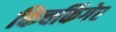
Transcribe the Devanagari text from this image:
किचकिंगेर